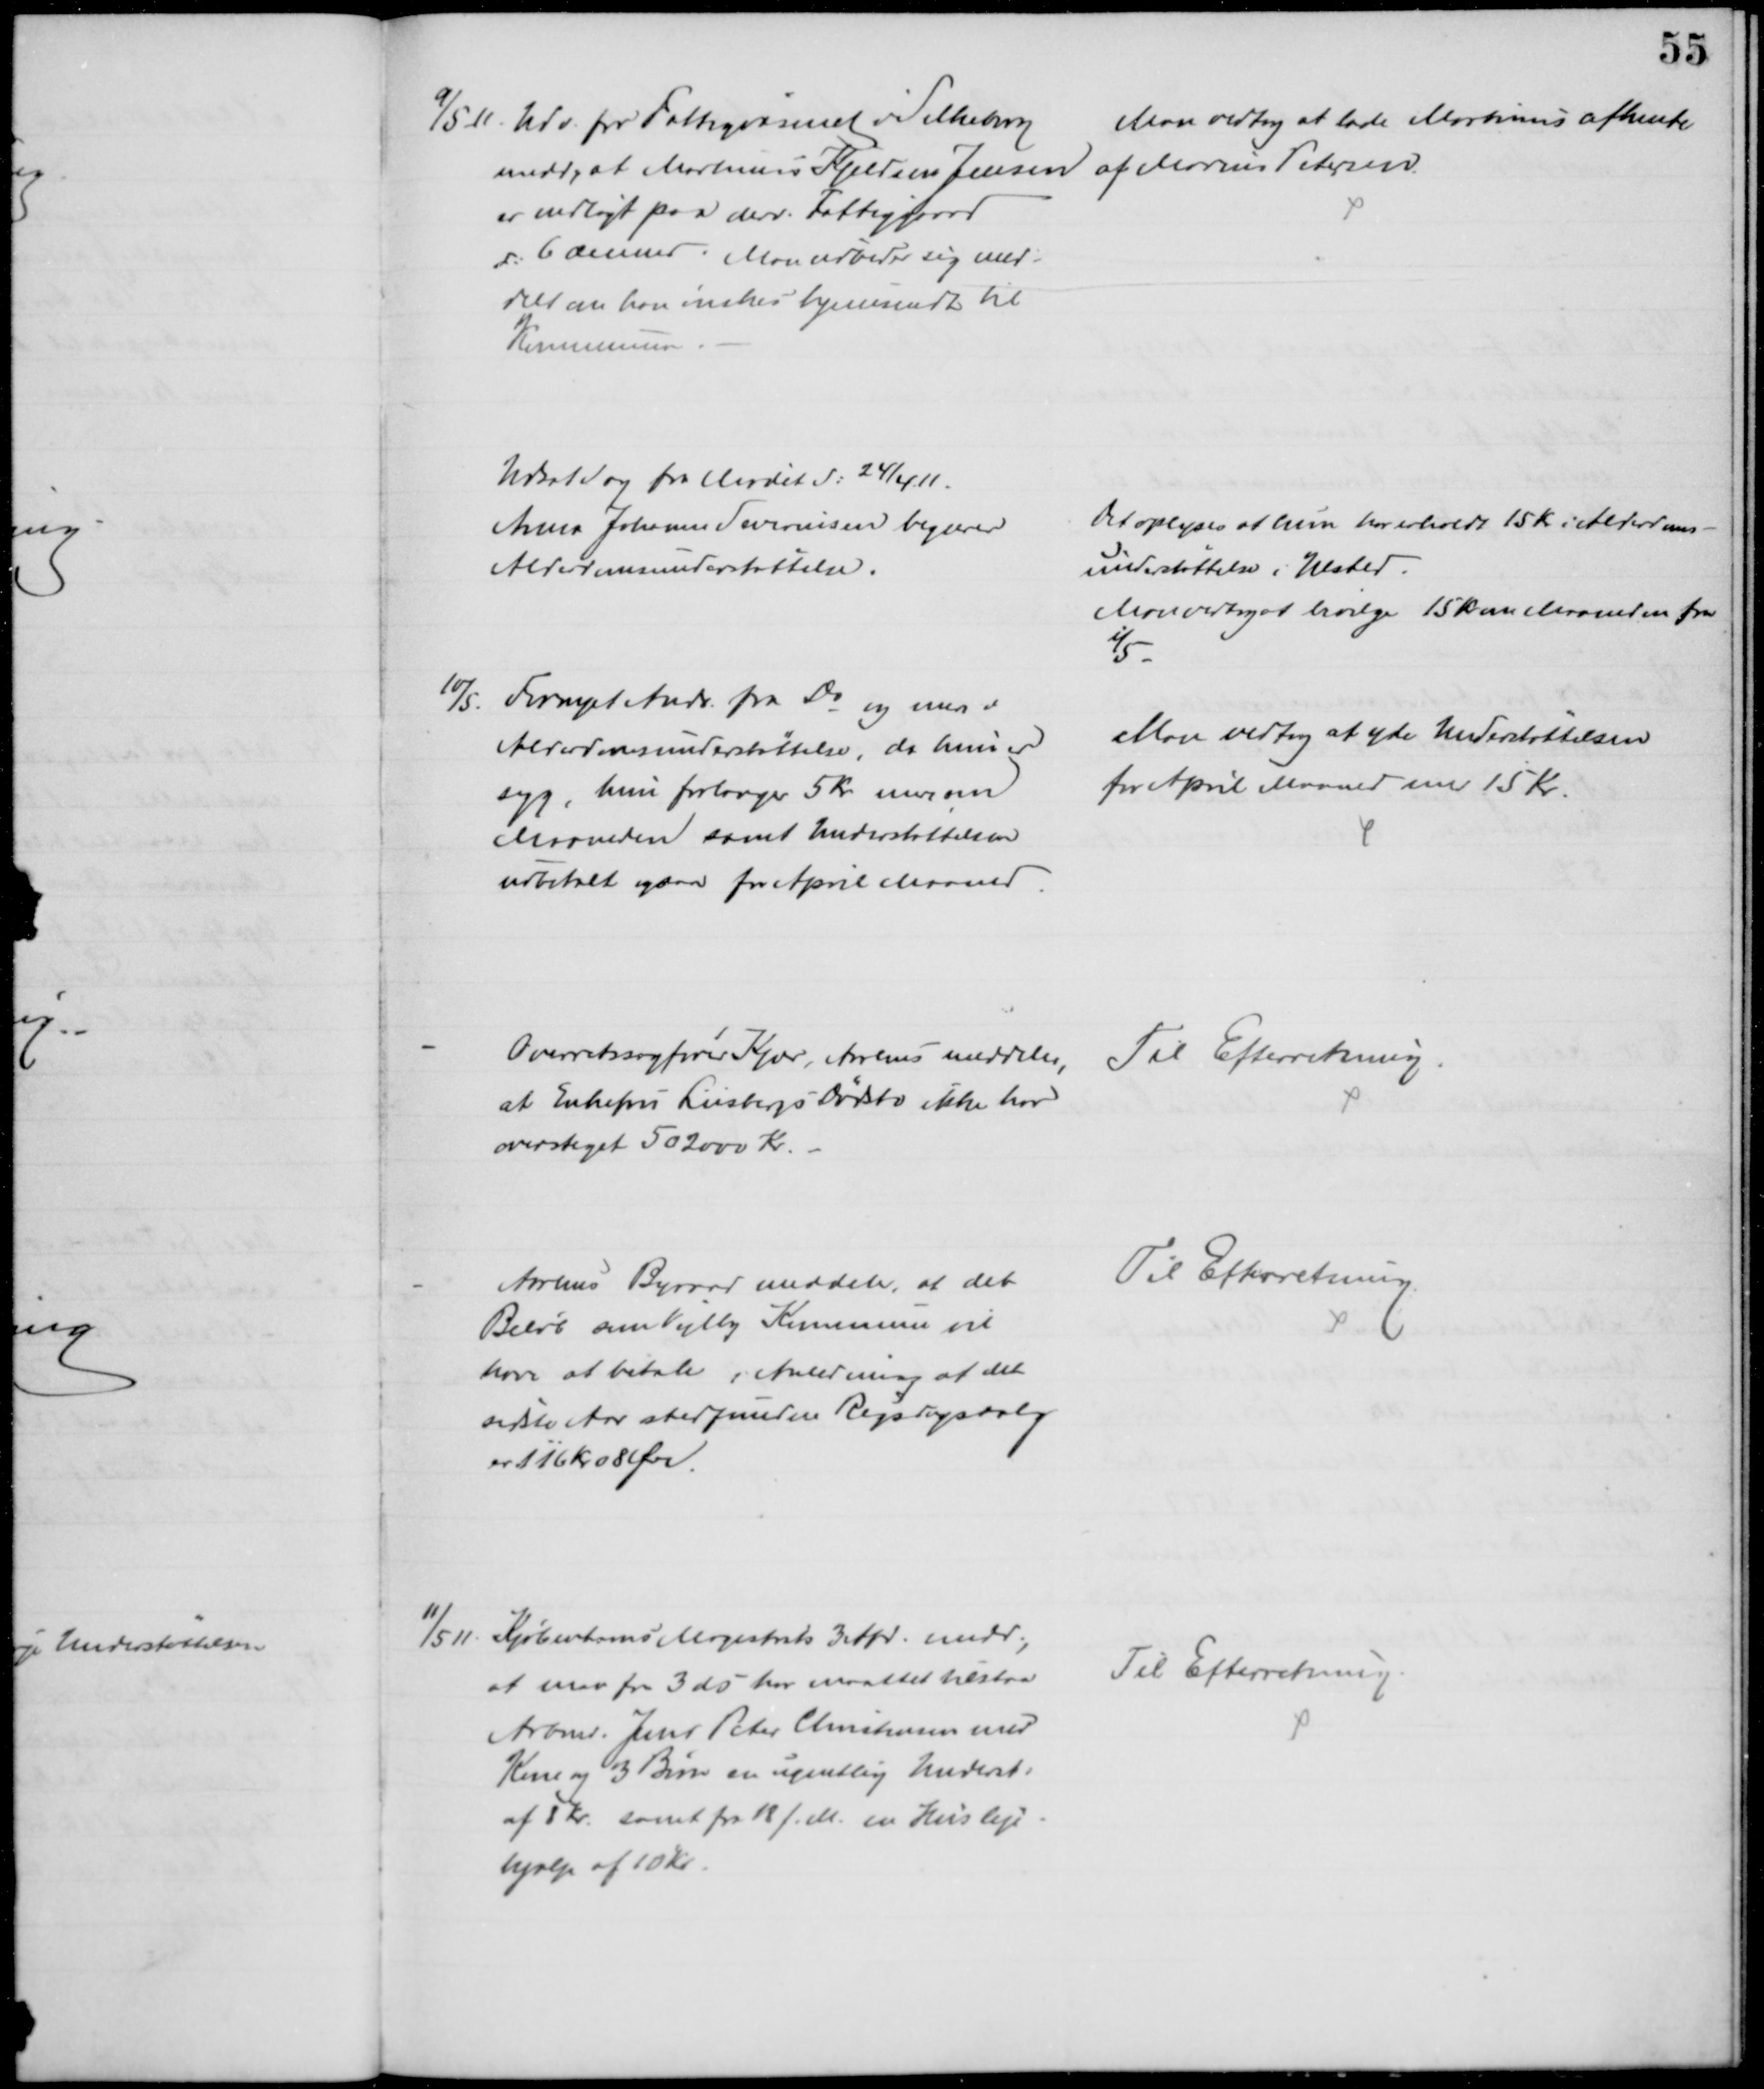
Transskription:
9/5 11. Udv. for Fattigvæsenet i Silkeborg
medd, at Martinus Kjeldsen Jensen
er indlagt paa derv. Fattiggaard
d: 6 dennes. Man udbeder sig med-
delt om han ønskes hjemsendt til
Kommunen.
Man vedtog at lade Martinus afhente
af Marius Petersen
Udsat Sag fra Mødet d: 24/4 11.
Anna Johanne Severinsen begærer
Alderdomsunderstøttelse.
Det oplyses at hun har erholdt 15 Kr. i Alderdoms-
understøttelse i Ulsted.
Man vedtog at bevilge 15 Kr om Maaneden fra
1/5 
10/5. Fornyet Andr. fra Do og mere i
Alderdomsunderstøttelse, da hun er
syg, hun forlanger 5 Kr. mere om
Maaneden samt Understøttelsen
udbetalt ogsaa for April Maaned
Man vedtog at yde Understøttelsen
for April Maaned med 15 Kr.
Overretssagfører Kjær, Aarhus meddeler,
at Enkefru Liisbergs Dødsbo ikke har 
oversteget 502000 Kr.
Til Efterretning.
Aarhus Byraad meddeler, at det
Beløb som Vejlby Kommune vil
have at betale i Anledning af det
sidste Aar stedfundne Rigsdagsvalg
er 116 kr 08 Øre
Til Efterretning.
11/5 11.
Kjøbenhavns Magistrats 3 Afd. medd.,
at man fra 3 ds har maattet tilstaa
Arbmd. Jens Peter Christensen med
Kone og 3 Børn er ugentlig Underst.
af 8 Kr. samt fra 18 f. M. en Husleje-
hjælp af 10 Kr.
Til Efterretning.